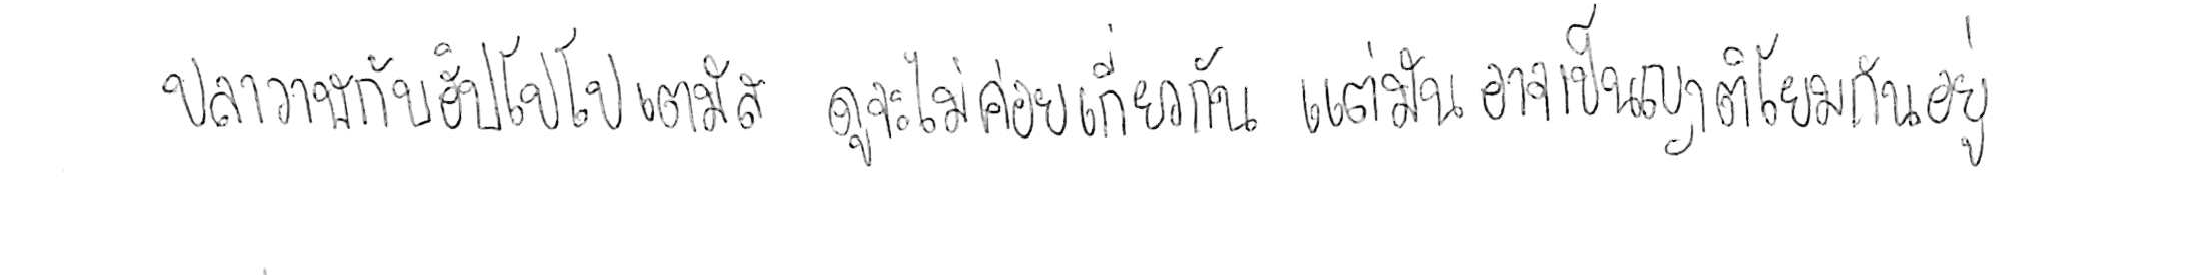
ปลาวาฬ กับ ฮิปโปโปเตมัส ดูจะไม่ค่อยเกี่ยวกัน แต่มันอาจเป็นญาติโยมกันอยู่